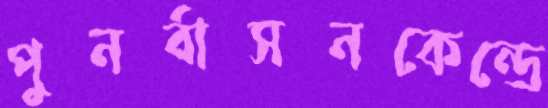
পুনর্বাসনকেন্দ্রে